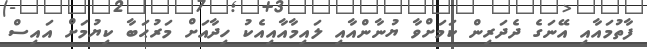
ފާތުމައާއި އޭނަގެ ދެދަރިން ކަމަށްވާ ޔުނާންއާއި ލައިމާއާއިއެކު ހިދާއަށް މަރުޙަބާ ކިޔުމަށް އައިސް